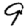
Digit: 9